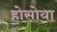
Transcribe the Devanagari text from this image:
होसोया